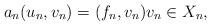
LaTeX: \begin{align*}a_n(u_n, v_n) = (f_n, v_n) v_n \in X_n,\end{align*}